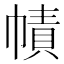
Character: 幘